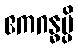
ဧကဂန္ဓမ္ပိ